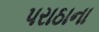
પરાઠાના